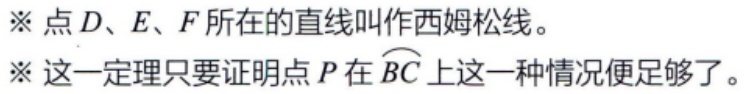
※ 点\(D、E、F\)所在的直线叫作西姆松线。
※ 这一定理只要证明点\(P\)在\(\overset{\frown}{BC}\)上这一种情况便足够了。